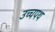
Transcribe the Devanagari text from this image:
उच्चपथ